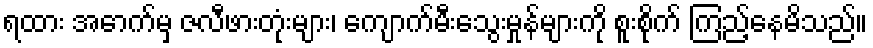
ရထား အောက်မှ ဇလီဖားတုံးများ၊ ကျောက်မီးသွေးမှုန်များကို စူးစိုက် ကြည့်နေမိသည်။